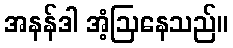
အနန်ဒါ အံ့ဩနေသည်။